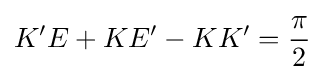
K'E+KE'-KK'={\frac {\pi }{2}}